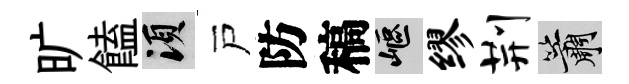
旷饁須戸防稿嶇缪荆簫